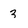
Character: 3